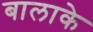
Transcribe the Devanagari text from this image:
बालाके